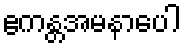
ဧကန္တအမနာပေါ